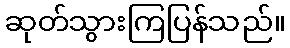
ဆုတ်သွားကြပြန်သည်။